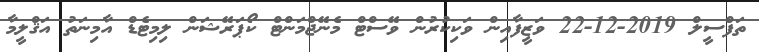
ތަފްސީލް 2019-12-22 ވަޒީފާއިން ވަކިކުރުން ވޭސްޓް މެނޭޖްމަންޓް ކޯޕަރޭޝަން ލިމިޓެޑް އާމިނަތު އަޤްލީމާ